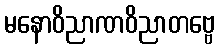
မနောဝိညာဏဝိညာတဗ္ဗေ